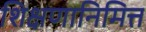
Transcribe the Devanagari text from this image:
शिक्षणानिमित्त